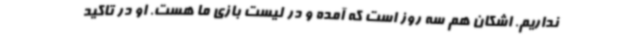
نداریم. اشکان هم سه روز است که آمده و در لیست بازی ما هست. او در تاکید